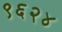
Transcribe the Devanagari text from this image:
९६२४